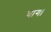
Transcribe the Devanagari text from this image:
घागा